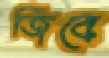
জিবে